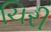
ચિરી